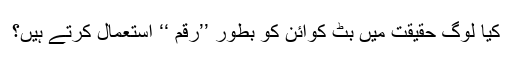
کیا لوگ حقیقت میں بِٹ کوائن کو بطور ’’رقم ‘‘ استعمال کرتے ہیں؟